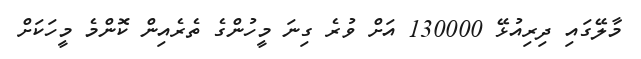
މާލޭގައި ދިރިއުޅޭ 130000 އަށް ވުރެ ގިނަ މީހުންގެ ތެރެއިން ކޮންމެ މީހަކަށް